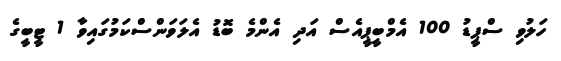
ހަލުވި ސްޕީޑު 100 އެމްބީޕީއެސް އަދި އެންމެ ބޮޑު އެލަވަންސްކަމުގައިވާ 1 ޓީބީގެ